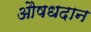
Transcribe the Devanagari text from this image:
औषधदान